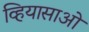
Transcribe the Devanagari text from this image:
व्हियासाओ